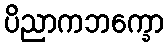
ပိညာကဘက္ခော